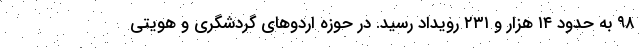
۹۸ به حدود ۱۴ هزار و ۲۳۱ رویداد رسید. در حوزه اردوهای گردشگری و هویتی